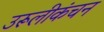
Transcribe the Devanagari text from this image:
उरूलीकंचन